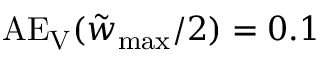
\mathrm { A E _ { V } } ( \tilde { w } _ { \mathrm { m a x } } / 2 ) = 0 . 1